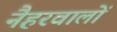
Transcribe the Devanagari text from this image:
नैहरवालों